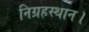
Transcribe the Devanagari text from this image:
निग्रहस्थान।